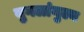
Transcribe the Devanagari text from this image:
युगलांगुल्य